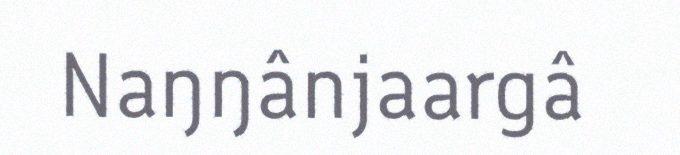
Naŋŋânjaargâ